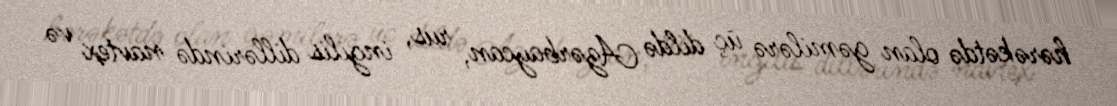
hərəkətdə olan gəmilərə üç dildə Azərbaycan, rus, ingilis dillərində navtex və